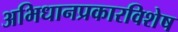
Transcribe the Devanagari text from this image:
अभिधानप्रकारविशेष